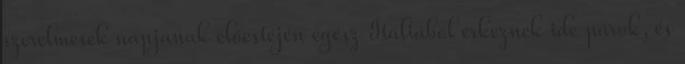
szerelmesek napjának előestéjén egész Itáliából érkeznek ide párok, és